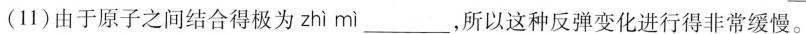
(11)由于原子之间结合得极为 zhì mì ___，所以这种反弹变化进行得非常缓慢。